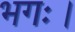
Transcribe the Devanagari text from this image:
भगः।